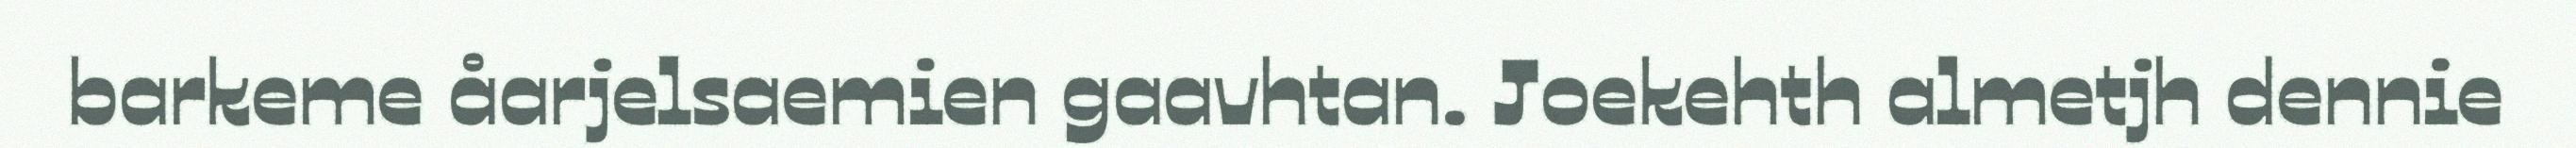
barkeme åarjelsaemien gaavhtan. Joekehth almetjh dennie